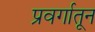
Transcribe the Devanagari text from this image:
प्रवर्गातून